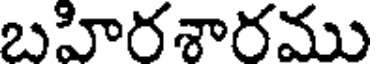
బహిరశారము